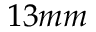
1 3 m m